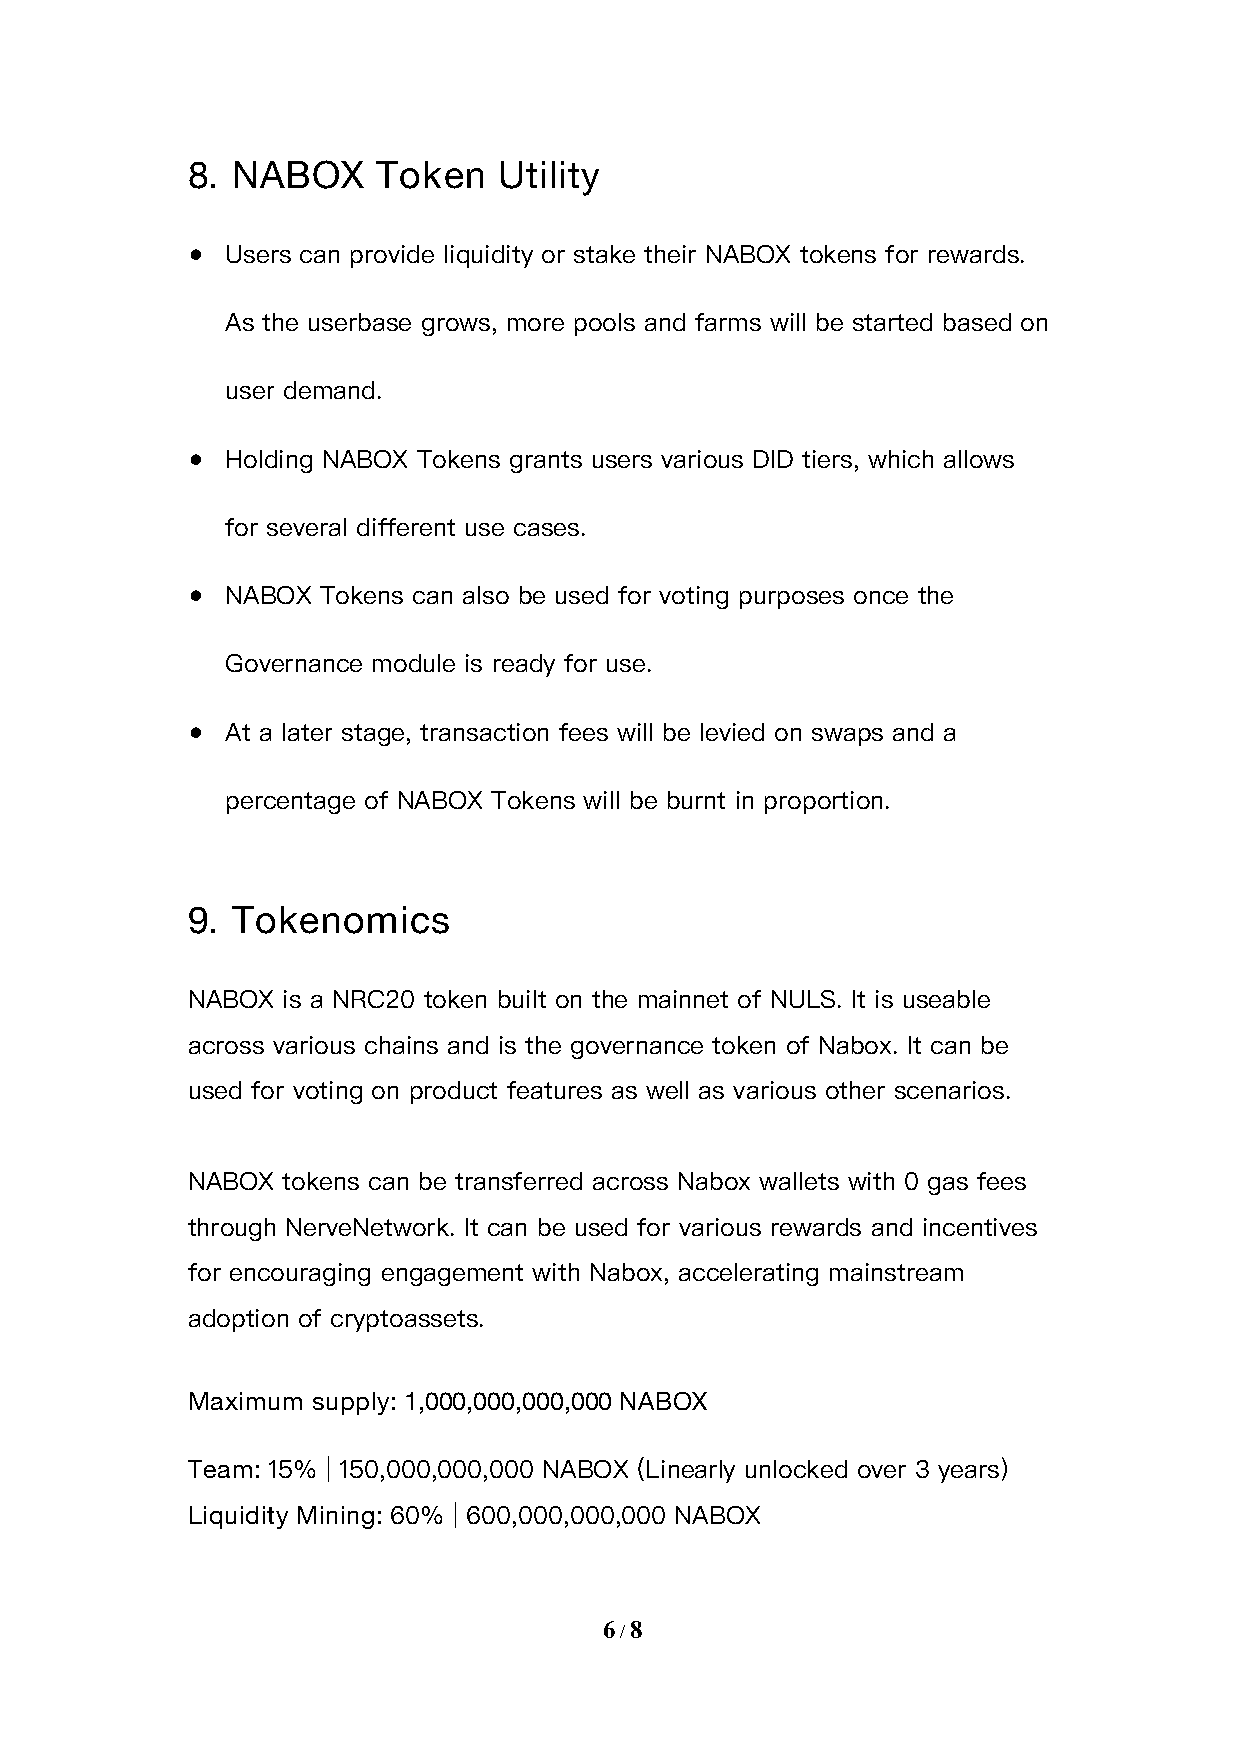
8. NABOX     Token   Utility
 Users can provide liquidity or stake their NABOX tokens for rewards.
 ●
 As the userbase grows, more pools and farms will be started based on
 user demand.
 Holding NABOX Tokens grants users various DID tiers, which allows
 ●
 for several different use cases.
 NABOX Tokens can also be used for voting purposes once the
 ●
 Governance module is ready for use.
 At a later stage, transaction fees will be levied on swaps and a
 ●
 percentage of NABOX Tokens will be burnt in proportion.
 9. Tokenomics
 NABOX  is a NRC20 token built on the mainnet of NULS. It is useable
 across various chains and is the governance token of Nabox. It can be
 used for voting on product features as well as various other scenarios.
 NABOX  tokens can be transferred across Nabox wallets with 0 gas fees
 through NerveNetwork. It can be used for various rewards and incentives
 for encouraging engagement with Nabox, accelerating mainstream
 adoption of cryptoassets.
 Maximum  supply: 1,000,000,000,000 NABOX
 15% | 150,000,000,000 NABOX (Linearly unlocked over 3 years)
 Team:
 60% | 600,000,000,000 NABOX
 Liquidity Mining:
 6/8